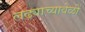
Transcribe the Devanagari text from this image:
लढ्याच्यावेळी